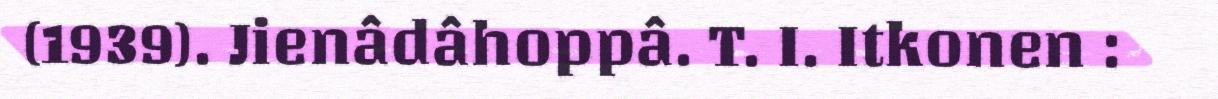
(1939). Jienâdâhoppâ. T. I. Itkonen :